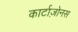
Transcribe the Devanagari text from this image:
कार्टाज़ोनस